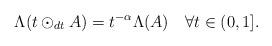
LaTeX: \begin{align*}\Lambda(t\odot_{dt} A)=t^{-\alpha}\Lambda(A)\quad\forall t\in(0,1].\end{align*}